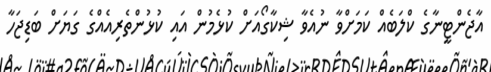
އާޖެންޓީނާގެ ކްލަބެއް ކަމަށްވާ ނުއެވާ ޝިކާގޯއަށް ކުޅެމުން އައި ކުޅުންތެރިއެއްގެ ގަޔަށް ބަޑިޖަހާ